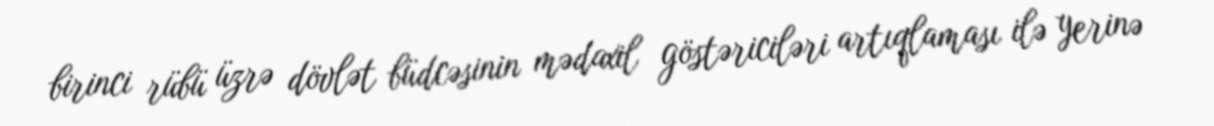
birinci rübü üzrə dövlət büdcəsinin mədaxil göstəriciləri artıqlaması ilə yerinə